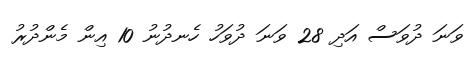
ވަނަ ދުވަސް އަދި 28 ވަނަ ދުވަހު ހެނދުނު 10 އިން މެންދުރު